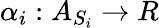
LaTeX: \alpha_{i}:A_{S_{i}}\rightarrow R